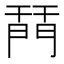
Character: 𨴚